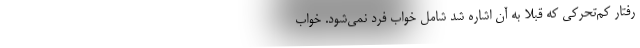
رفتار کم‌تحرکی که قبلا به آن اشاره شد شامل خواب فرد نمی‌شود. خواب